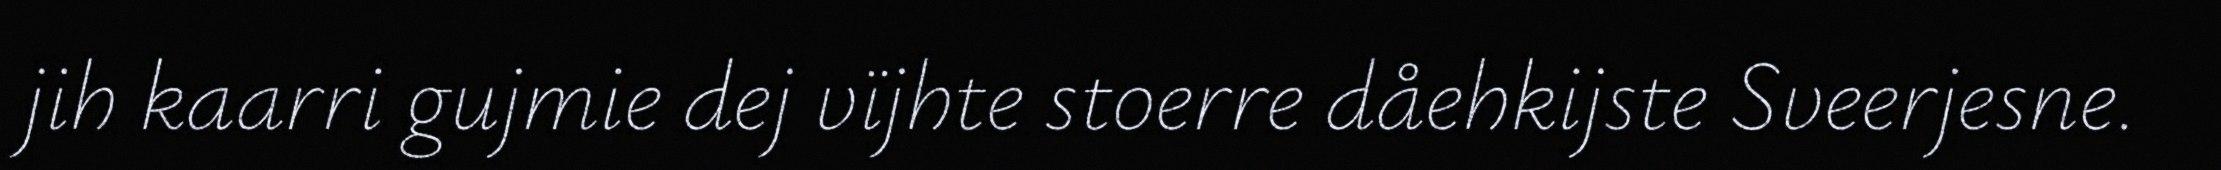
jih kaarri gujmie dej vïjhte stoerre dåehkijste Sveerjesne.